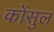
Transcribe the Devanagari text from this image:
कोंसुल